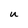
Character: u